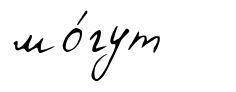
мо́гут